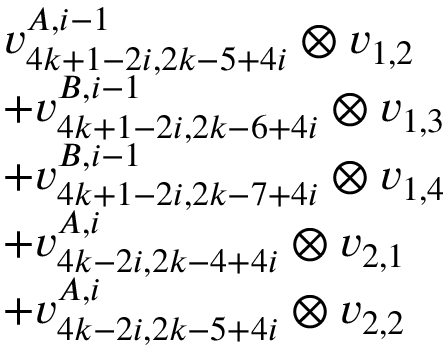
\begin{array} { r l } & { v _ { 4 k + 1 - 2 i , 2 k - 5 + 4 i } ^ { A , i - 1 } \otimes v _ { 1 , 2 } } \\ & { + v _ { 4 k + 1 - 2 i , 2 k - 6 + 4 i } ^ { B , i - 1 } \otimes v _ { 1 , 3 } } \\ & { + v _ { 4 k + 1 - 2 i , 2 k - 7 + 4 i } ^ { B , i - 1 } \otimes v _ { 1 , 4 } } \\ & { + v _ { 4 k - 2 i , 2 k - 4 + 4 i } ^ { A , i } \otimes v _ { 2 , 1 } } \\ & { + v _ { 4 k - 2 i , 2 k - 5 + 4 i } ^ { A , i } \otimes v _ { 2 , 2 } } \end{array}